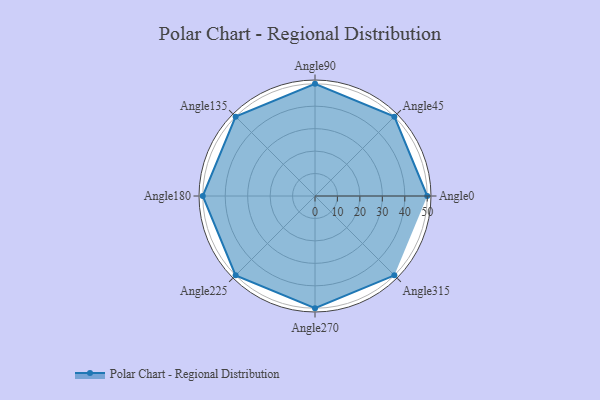
{"axis": {"x": "Angle", "y": "Radius"}, "legend": [""], "data": [{"x": "Angle0", "y": 50, "type": ""}, {"x": "Angle45", "y": 50, "type": ""}, {"x": "Angle90", "y": 50, "type": ""}, {"x": "Angle135", "y": 50, "type": ""}, {"x": "Angle180", "y": 50, "type": ""}, {"x": "Angle225", "y": 50, "type": ""}, {"x": "Angle270", "y": 50, "type": ""}, {"x": "Angle315", "y": 50, "type": ""}]}